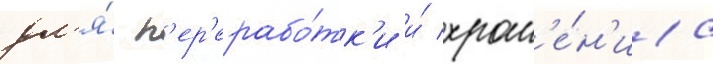
дл'я́ п'ер'ерабо́тк'и и́ хран'е́н'иа